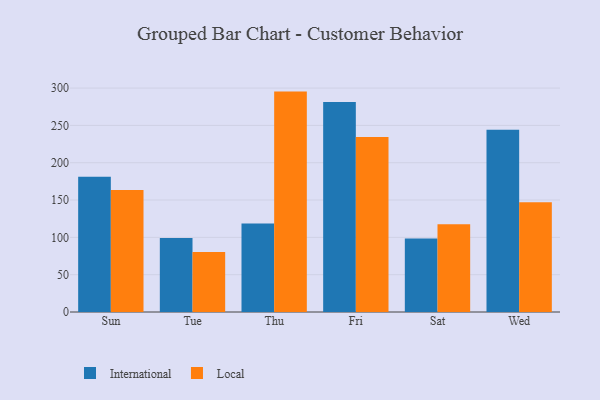
{"axis": {"x": "Day", "y": "Website Visitors"}, "legend": ["International", "Local"], "data": [{"x": "Sun", "y": 181.1, "type": "International"}, {"x": "Sun", "y": 163.6, "type": "Local"}, {"x": "Tue", "y": 99.1, "type": "International"}, {"x": "Tue", "y": 80.4, "type": "Local"}, {"x": "Thu", "y": 118.7, "type": "International"}, {"x": "Thu", "y": 295.3, "type": "Local"}, {"x": "Fri", "y": 281.2, "type": "International"}, {"x": "Fri", "y": 234.6, "type": "Local"}, {"x": "Sat", "y": 98.5, "type": "International"}, {"x": "Sat", "y": 117.5, "type": "Local"}, {"x": "Wed", "y": 244.2, "type": "International"}, {"x": "Wed", "y": 147.2, "type": "Local"}]}